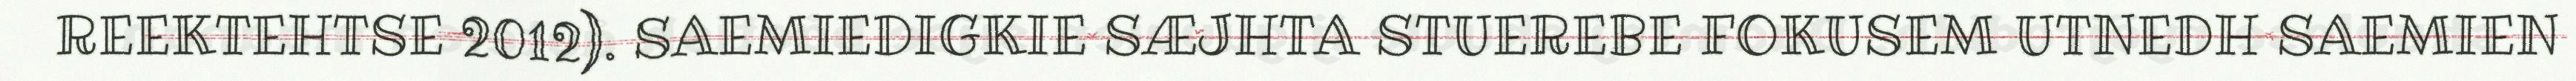
REEKTEHTSE 2012). SAEMIEDIGKIE SÆJHTA STUEREBE FOKUSEM UTNEDH SAEMIEN